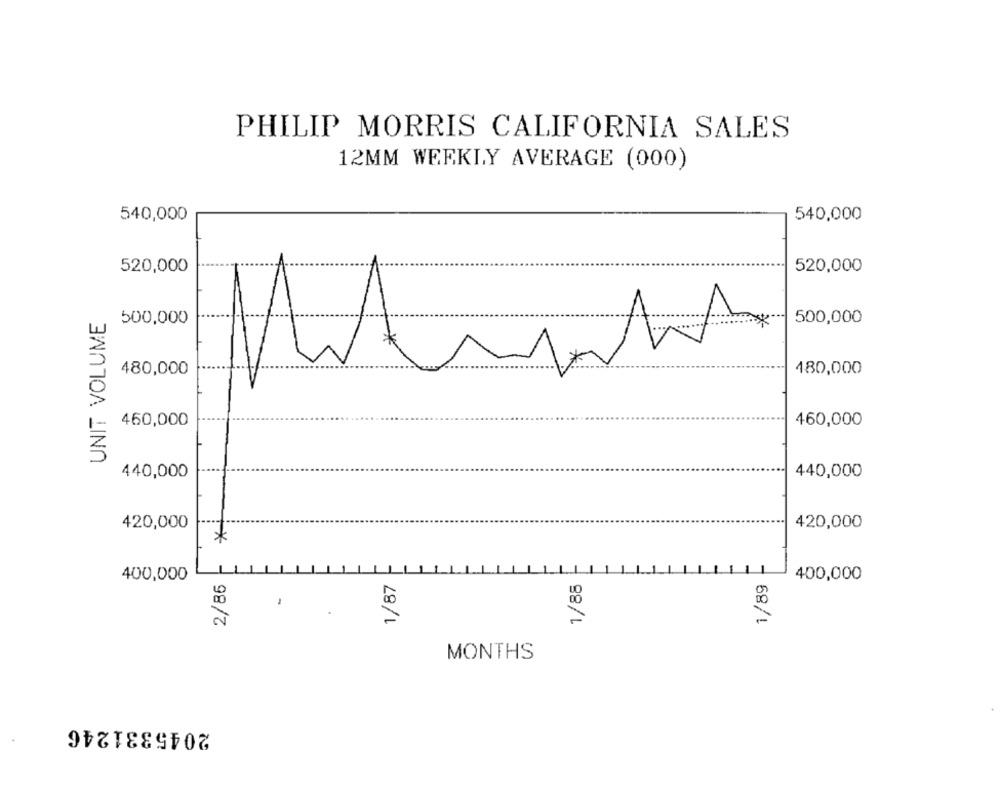
PHILIP MORRIS CALIFORNIA SALES
12MM WEEKLY AVERAGE (000)
540,000
540,000
520,000
520,000
UNIT VOLUME
500,000
500,000
480,000
480,000
460,000
460,000
440,000
440,000
420,000
420,000
*
400,000
2/85
1/88
1/89
400,000
1/87
MONTHS
2045331246